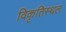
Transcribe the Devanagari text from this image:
विकृतिस्थल